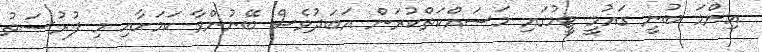
އިންމަ ބުނީ ގައުމީ ޓީމުގައި މަސައްކަތްކުރަން އަބަދުވެސް ބޭނުންވާ ކަމަށާއި މި ފުރުސަތު